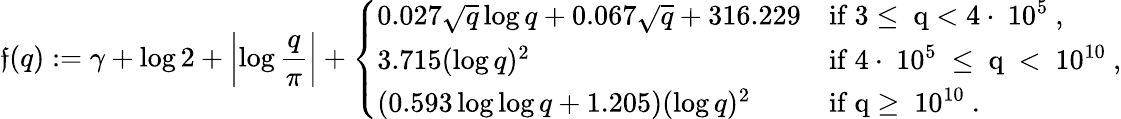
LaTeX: \mathfrak{f}(q):=\gamma+\log{2}+\left|\log{\frac{q}{\pi}}\right|+\left\{ \begin{array}{ll}{0.027\sqrt{q}\log{q}+0.067\sqrt{q}+316.229}&{\mathrm{if~3\leq~q<4\cdot~10^5~,}}\\ {3.715(\log{q})^{2}}&{\mathrm{if~4\cdot~10^5~\leq~q~<~10^{10}~,}}\\ {(0.593\log\log q+1.205)(\log{q})^{2}}&{\mathrm{if~q\geq~10^{10}~.}}\end{array}\right.